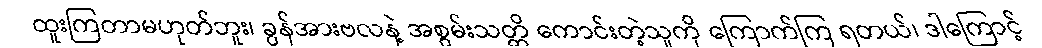
ထူးကြတာမဟုတ်ဘူး၊ ခွန်အားဗလနဲ့ အစွမ်းသတ္တိ ကောင်းတဲ့သူကို ကြောက်ကြ ရတယ်၊ ဒါကြောင့်